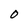
Character: O